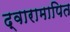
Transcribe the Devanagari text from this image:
द्वारामापित